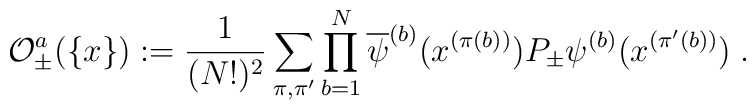
{\cal O}_\pm^a( \{x\} ) := \frac{1}{(N!)^2}\sum_{\pi,\pi^\prime}\prod_{b=1}^{N}\overline{\psi}^{(b)}(x^{(\pi(b))})P_\pm \psi^{(b)}(x^{(\pi^\prime(b))}) \; .